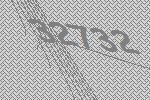
32732